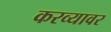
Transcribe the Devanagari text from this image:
करव्यावर